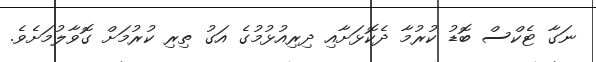
ނަގާ ޓެކްސް ބޮޑު ކުރުމާ ދެކޮޅަށާއި ދިރިއުޅުމުގެ އަގު ތިރި ކުރުމަށް ގޮވާލުމަށެވެ.